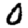
Digit: 0